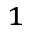
^ { 1 }